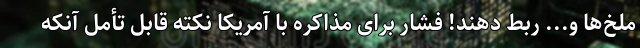
ملخ‌ها و... ربط دهند! فشار برای مذاکره با آمریکا نکته قابل تأمل آنکه